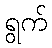
ရွက်